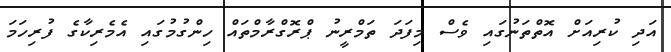
އަދި ކުރިއަށް އޮތްތަނުގައި ވެސް މިފަދަ ތަމްރީނު ޕްރޮގްރާމްތައް ހިންގުމުގައި އެމެރިކާގެ ފުރިހަމަ